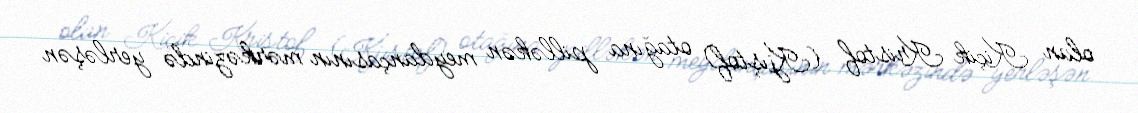
olan Kiçik Kristof (Kjıştof) otağına pilləkən meydançasının mərkəzində yerləşən